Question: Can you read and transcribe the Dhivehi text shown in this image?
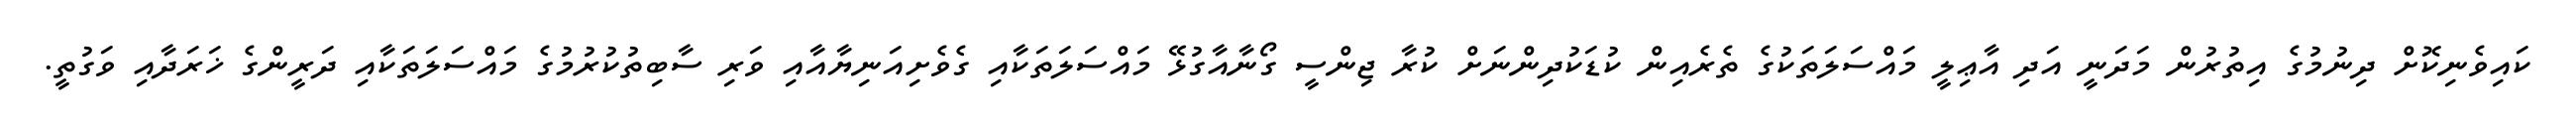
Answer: ކައިވެނިކޮށް ދިނުމުގެ އިތުރުން މަދަނީ އަދި އާޢިލީ މައްސަލަތަކުގެ ތެރެއިން ކުޑަކުދިންނަށް ކުރާ ޖިންސީ ގޯނާއާގުޅޭ މައްސަލަތަކާއި ގެވެށިއަނިޔާއާއި ވަރި ސާބިތުކުރުމުގެ މައްސަލަތަކާއި ދަރީންގެ ޚަރަދާއި ވަގުތީ.